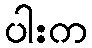
ပါးက